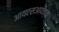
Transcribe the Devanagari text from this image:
आयएसआयच्या